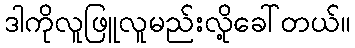
ဒါကိုလူဖြူလူမည်းလို့ခေါ်တယ်။